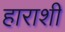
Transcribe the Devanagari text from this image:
हाराशी